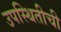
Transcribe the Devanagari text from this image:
उपस्थितीची